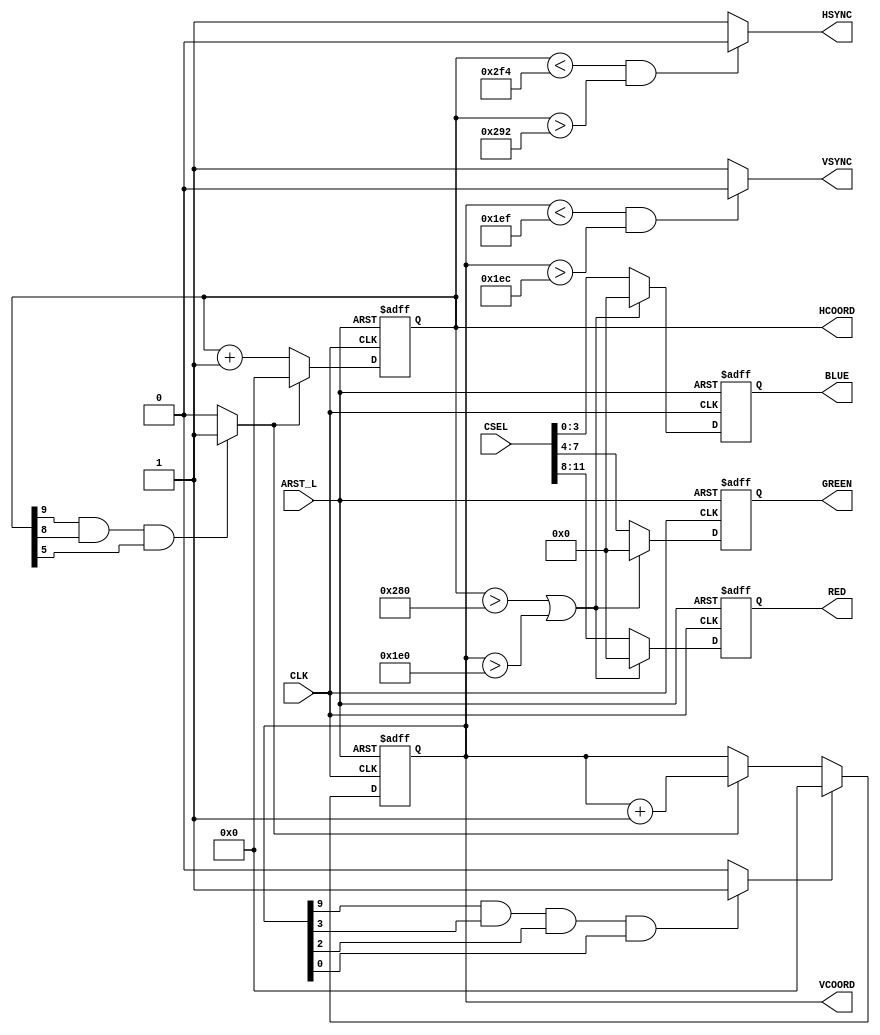
`timescale 1ns / 1ps
//
//VGA
//""""
//HSYNC0,0

module VGAEncoder(
    input CLK,//4
    input [11:0] CSEL,//r,g,b
    input ARST_L,//
    output HSYNC,//
    output VSYNC,//
    output reg [3:0] RED,
    output reg [3:0] GREEN,
    output reg [3:0] BLUE,
    output reg [9:0] HCOORD,//
    output reg [9:0] VCOORD//
    );

wire aclr_i;
wire Hrollover_i, Vrollover_i;
    
assign aclr_i = ~ARST_L;

//800,525
assign Hrollover_i = (HCOORD[9] & HCOORD[8] & HCOORD[5]) ? 1'b1 : 1'b0;  
assign Vrollover_i = (VCOORD[9] & VCOORD[3] & VCOORD[2] & VCOORD[0]) ? 1'b1 : 1'b0;  

//HCOORD0
always @(posedge CLK or posedge aclr_i) begin
    if(aclr_i) begin
        HCOORD <= 10'b0000000000; 
    end              
    else if(Hrollover_i)
        HCOORD <= 10'b0000000000;
    else
        HCOORD <= HCOORD + 1;
end

//Hrollover_i0HCOORD
always @(posedge CLK or posedge aclr_i) begin
    if(aclr_i) begin
        VCOORD <= 10'b0000000000; 
    end              
    else if(Vrollover_i)
        VCOORD <= 10'b0000000000;
    else if(Hrollover_i)
        VCOORD <= VCOORD + 1;
end

assign HSYNC = ((HCOORD < 756) && (HCOORD > 658)) ? 1'b0 : 1'b1;
assign VSYNC = ((VCOORD < 495) && (VCOORD > 492)) ? 1'b0 : 1'b1;

always @(posedge CLK or posedge aclr_i) begin
    if (aclr_i) begin
        RED = 4'h0;
        GREEN = 4'h0;    
        BLUE = 4'h0;
    end
    else if((HCOORD > 640) || (VCOORD > 480)) begin
        RED = 4'h0;
        GREEN = 4'h0;    
        BLUE = 4'h0;
    end
    else begin
        // rgbvgacontroller
        RED <= CSEL[11:8];
        GREEN <= CSEL[7:4];
        BLUE <= CSEL[3:0];
    end  
end
endmodule